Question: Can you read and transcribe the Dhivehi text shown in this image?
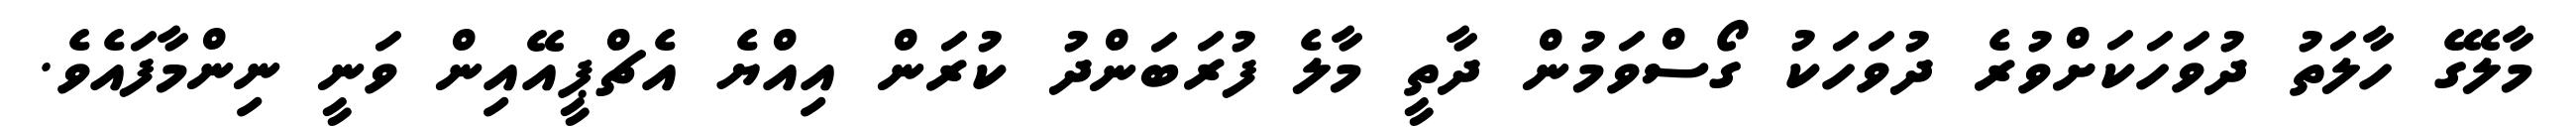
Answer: މާލޭގެ ހާލަތު ދުވަހަކަށްވުރެ ދުވަހަކު ގޯސްވަމުން ދާތީ މާލެ ފުރަބަންދު ކުރަން އިއްޔެ އެޗްޕީއޭއިން ވަނީ ނިންމާފައެވެ.